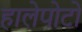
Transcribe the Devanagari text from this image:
हालेपोटो